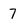
Character: 7